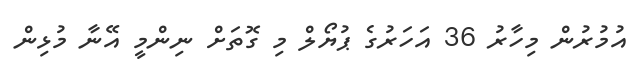
އުމުރުން މިހާރު 36 އަހަރުގެ ޕުޔޯލް މި ގޮތަށް ނިންމީ އޭނާ މުޅިން